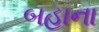
બહાના